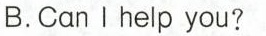
B.Can I help you?